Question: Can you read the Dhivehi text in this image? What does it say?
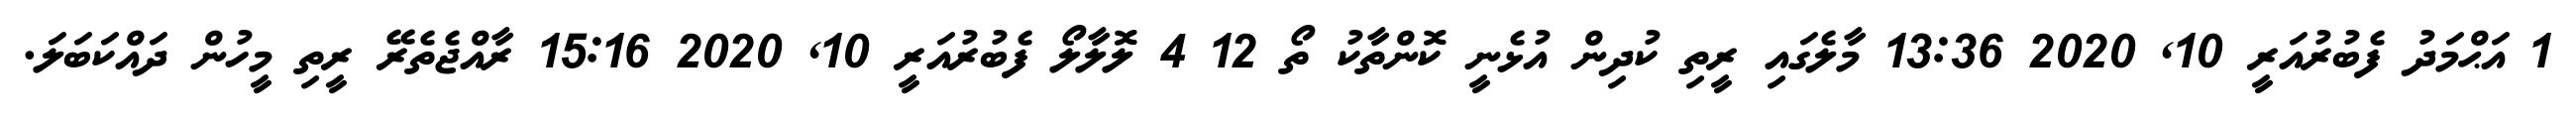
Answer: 1 އަޙްމަދު ފެބުރުއަރީ 10, 2020 13:36 މާލެގައި ރީތި ކުދިން އުޅެނީ ކޮންތާކު ތޯ 12 4 ލޮލާލޯ ފެބުރުއަރީ 10, 2020 15:16 ރާއްޖެތެރޭ ރީތި މީހުން ދައްކަބަލަ.